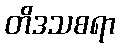
တိဒသစရာ